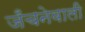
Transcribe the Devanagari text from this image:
जँचनेवाली